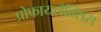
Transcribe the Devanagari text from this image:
प्रोफायलॅक्सिस